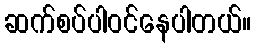
ဆက်စပ်ပါဝင်နေပါတယ်။